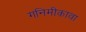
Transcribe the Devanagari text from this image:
गनिमीकावा